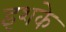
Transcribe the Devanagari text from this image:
इशके